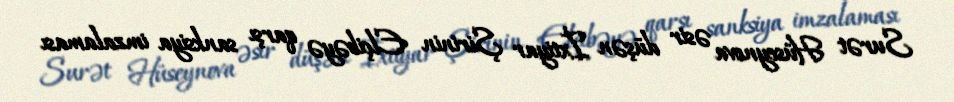
Surət Hüseynova əsir düşən İxtiyar Şirinin Elçibəyə qarşı sanksiya imzalaması